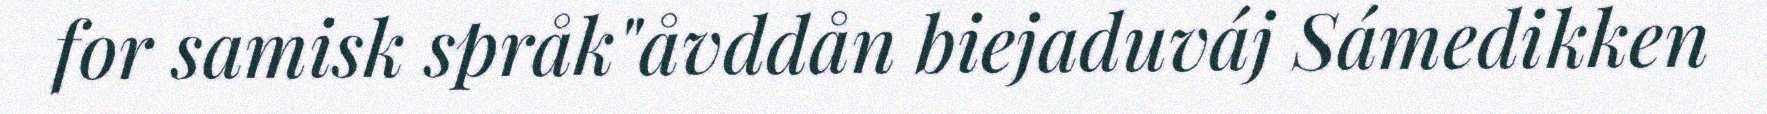
for samisk språk"åvddån biejaduváj Sámedikken